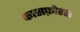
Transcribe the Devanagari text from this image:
फासफ़ोरस